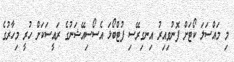
މި މައްސަލަ ކޯޓަށް ފޮނުވިއިރު އިނގިރޭސި ފުޓްބޯޅަ އެސޯސިއޭޝަނުގެ ރައީސަކަށް ހުރީ މިހާރުގެ